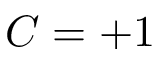
C = + 1